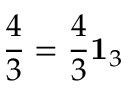
\frac { 4 } { 3 } = \frac { 4 } { 3 } { \bf 1 } _ { 3 }